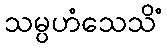
သမ္ပဟံသေသိံ